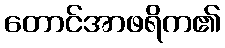
တောင်အာဖရိက၏